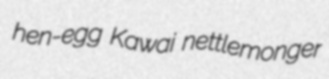
hen-egg Kawai nettlemonger